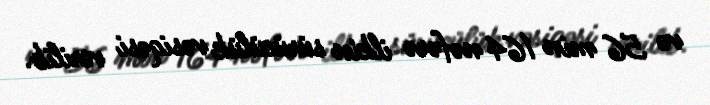
və 56 min 164 nəfərə ilkin sürücülük vəsiqəsi verilib.